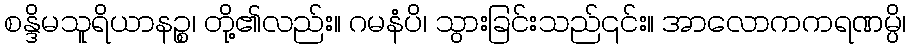
စန္ဒိမသူရိယာနဉ္စ၊ တို့၏လည်း။ ဂမနံပိ၊ သွားခြင်းသည်၎င်း။ အာလောကကရဏမ္ပိ၊